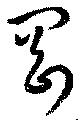
剛